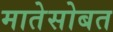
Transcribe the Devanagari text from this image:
मातेसोबत